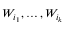
W _ { i _ { 1 } } , \dots , W _ { i _ { k } }